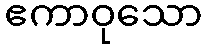
ဧကာဝုသော